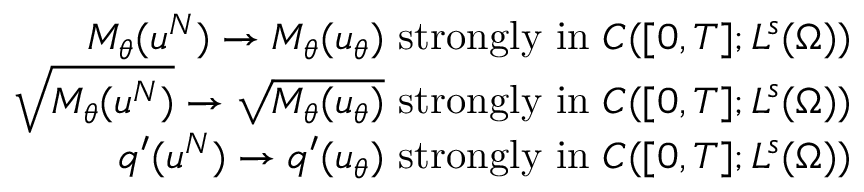
\begin{array} { r l r } & { } & { M _ { \theta } ( u ^ { N } ) \rightarrow M _ { \theta } ( u _ { \theta } ) \mathrm { ~ s t r o n g l y ~ i n ~ } C ( [ 0 , T ] ; L ^ { s } ( \Omega ) ) } \\ & { } & { \sqrt { M _ { \theta } ( u ^ { N } ) } \rightarrow \sqrt { M _ { \theta } ( u _ { \theta } ) } \mathrm { ~ s t r o n g l y ~ i n ~ } C ( [ 0 , T ] ; L ^ { s } ( \Omega ) ) } \\ & { } & { q ^ { \prime } ( u ^ { N } ) \rightarrow q ^ { \prime } ( u _ { \theta } ) \mathrm { ~ s t r o n g l y ~ i n ~ } C ( [ 0 , T ] ; L ^ { s } ( \Omega ) ) } \end{array}